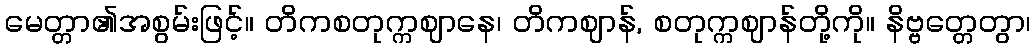
မေတ္တာ၏အစွမ်းဖြင့်။ တိကစတုက္ကဈာနေ၊ တိကဈာန်, စတုက္ကဈာန်တို့ကို။ နိဗ္ဗတ္တေတွာ၊